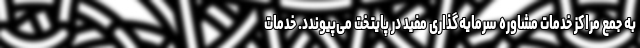
به جمع مراکز خدمات مشاوره سرمایه‌گذاری مفید در پایتخت می‌پیوندد. خدمات